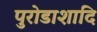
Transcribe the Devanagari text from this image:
पुरोडाशादि